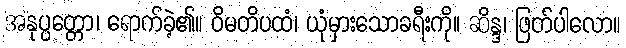
အနုပ္ပတ္တော၊ ရောက်ခဲ့၏။ ဝိမတိပထံ၊ ယုံမှားသောခရီးကို။ ဆိန္ဒ၊ ဖြတ်ပါလော။